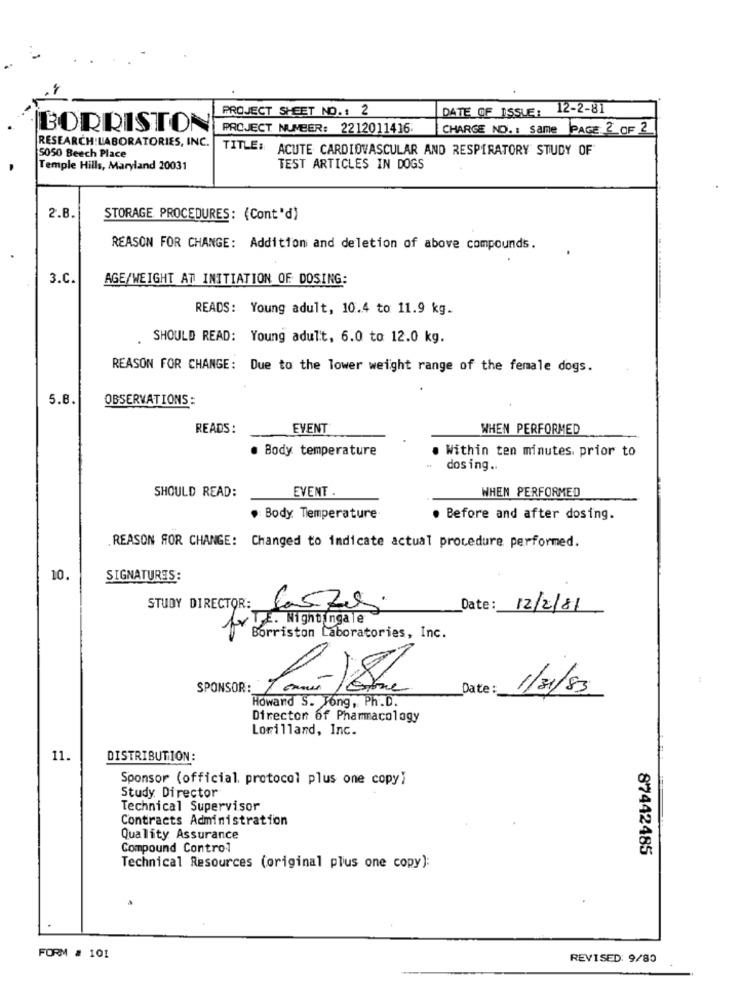
PROJECT SHEET NO .: 2
DATE OF ISSUE: 12-2-81
BORRISTON
PROJECT NUMBER: 2212011416:
CHARGE NO. : Same
PAGE 2 OF 2
RESEARCH:LABORATORIES, INC.
TITLE: ACUTE CARDIOVASCULAR AND RESPIRATORY STUDY OF
5050 Beech Place
Temple Hills, Maryland 20031
TEST ARTICLES IN DOGS
2.B.
STORAGE PROCEDURES: (Cont'd)
REASON FOR CHANGE: Addition and deletion of above compounds.
3.C.
AGE/WEIGHT AT INITIATION OF DOSING:
READS: Young adult, 10.4 to 11.9 kg.
SHOULD READ: Young adult, 6.0 to 12.0 kg.
REASON FOR CHANGE: Due to the lower weight range of the female dogs.
5.8.
OBSERVATIONS:
READS:
EVENT
WHEN PERFORMED
. Body temperature
. Within ten minutes. prior to
dosing ..
SHOULD READ:
EVENT .
WHEN PERFORMED
. Body Temperature
. Before and after dosing.
.REASON FOR CHANGE: Changed to indicate actual procedure performed.
10.
SIGNATURES:
STUDY DIRECTOR:
Date:
12/2/81
for De. Nightingale
Borriston Laboratories, Inc.
SPONSOR:
Date :
1/31/83
Howand S. Fong, Ph.D.
Director of Pharmacology
Lorillard, Inc.
11.
DISTRIBUTION:
Sponsor (official. protocol plus one copy)
Study Director
Technical Supervisor
Contracts Administration
Quality Assurance
Compound Control
87442485
Technical Resources (original plus one copy):
FORM # 101
REVISED: 9/80